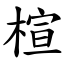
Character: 楦